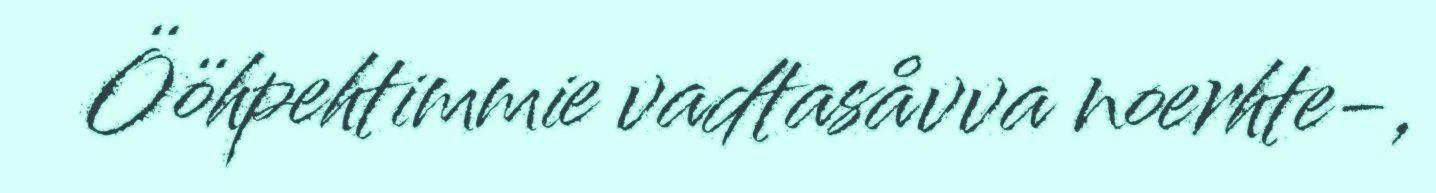
Ööhpehtimmie vadtasåvva noerhte-,